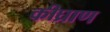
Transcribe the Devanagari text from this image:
कीघ्राण